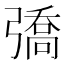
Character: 𢐟